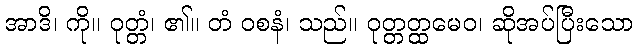
အာဒိ၊ ကို။ ဝုတ္တံ၊ ၏။ တံ ဝစနံ၊ သည်။ ဝုတ္တတ္ထမေဝ၊ ဆိုအပ်ပြီးသော